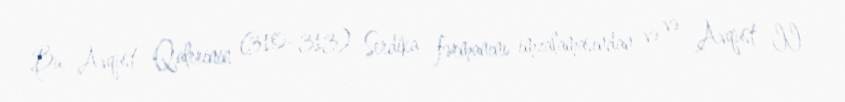
Bu, Avqust Qalerinin (310–313) Serdika fərmanını imzalamasından və və Avqust II